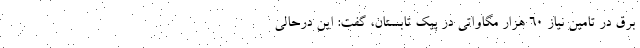
برق در تامین نیاز ۶۰ هزار مگاواتی در پیک تابستان، گفت: این درحالی